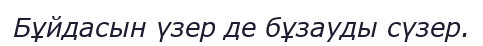
Бұйдасын үзер де бұзауды сүзер.